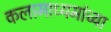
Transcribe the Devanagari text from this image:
कलामाध्यमांच्या